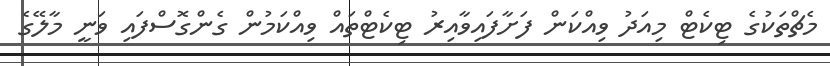
މެޗްތަކުގެ ޓިކެޓް މިއަދު ވިއްކަން ފަށާފައިވާއިރު ޓިކެޓްތައް ވިއްކަމުން ގެންގޮސްފައި ވަނީ މާލޭގެ